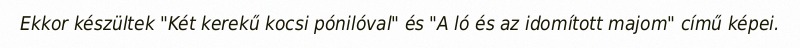
Ekkor készültek "Két kerekű kocsi pónilóval" és "A ló és az idomított majom" című képei.